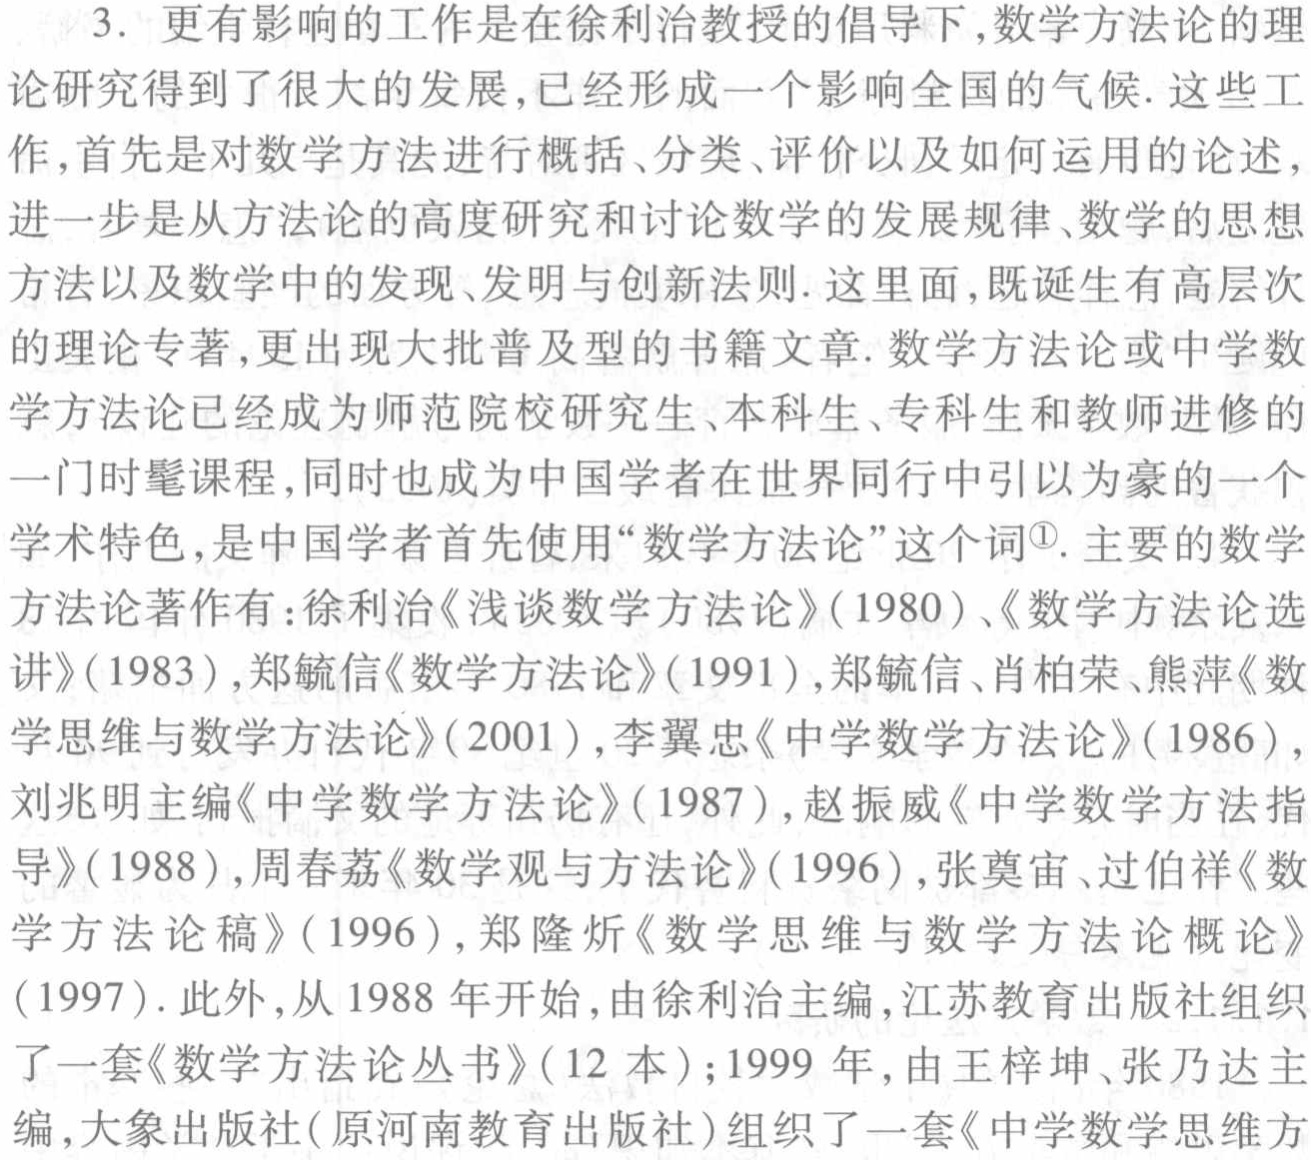
3. 更有影响的工作是在徐利治教授的倡导下,数学方法论的理
论研究得到了很大的发展,已经形成一个影响全国的气候. 这些工
作,首先是对数学方法进行概括、分类、评价以及如何运用的论述，
进一步是从方法论的高度研究和讨论数学的发展规律、数学的思想
方法以及数学中的发现、发明与创新法则. 这里面,既诞生有高层次
的理论专著,更出现大批普及型的书籍文章. 数学方法论或中学数
学方法论已经成为师范院校研究生、本科生、专科生和教师进修的
一门时髦课程,同时也成为中国学者在世界同行中引以为豪的一个
学术特色,是中国学者首先使用“数学方法论”这个词\textsuperscript{1}. 主要的数学
方法论著作有:徐利治《浅谈数学方法论》(1980)、《数学方法论选
讲》(1983),郑毓信《数学方法论》(1991),郑毓信、肖柏荣、熊萍《数
学思维与数学方法论》(2001),李翼忠《中学数学方法论》(1986),
刘兆明主编《中学数学方法论》(1987),赵振威《中学数学方法指
导》(1988),周春荔《数学观与方法论》(1996),张奠宙、过伯祥《数
学方法论稿》(1996),郑隆炘《数学思维与数学方法论概论》
(1997). 此外,从1988 年开始,由徐利治主编,江苏教育出版社组织
了一套《数学方法论丛书》(12 本);1999 年,由王梓坤、张乃达主
编,大象出版社(原河南教育出版社)组织了一套《中学数学思维方